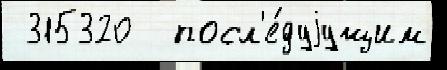
 315320  посл'е́дуjущим